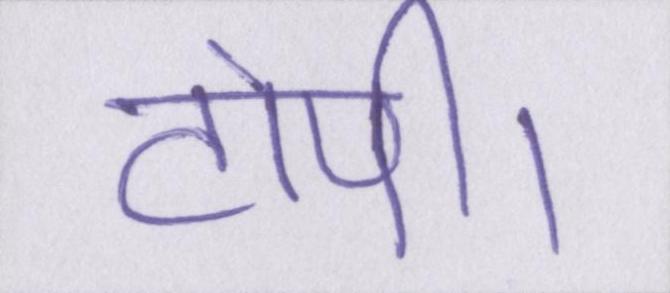
टोपी।